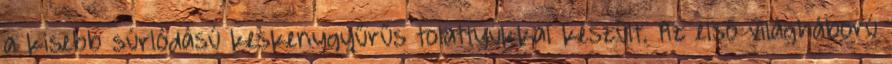
a kisebb súrlódású keskenygyűrűs tolattyúkkal készült. Az első világháború